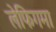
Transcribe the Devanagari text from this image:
लेफिगमा